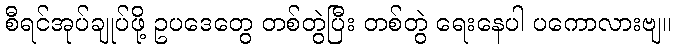
စီရင်အုပ်ချုပ်ဖို့ ဥပဒေတွေ တစ်တွဲပြီး တစ်တွဲ ရေးနေပါ ပကောလားဗျ။